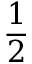
\frac { 1 } { 2 }